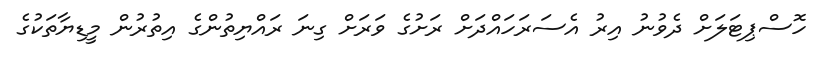
ހޮސްޕިޓަލަށް ދެވުނު އިރު އެސަރަހައްދަށް ރަށުގެ ވަރަށް ގިނަ ރައްޔިތުންގެ އިތުރުން މީޑިޔާތަކުގެ